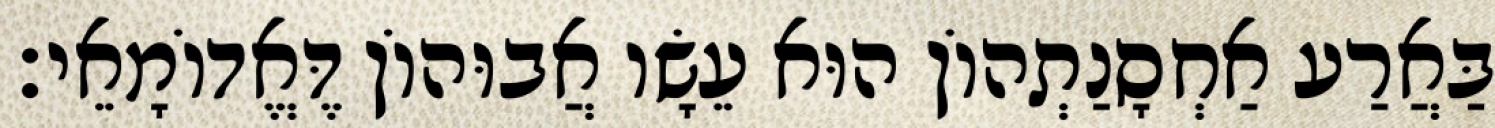
בַּאֲרַע אַחְסָנַתְהוֹן הוּא עֵשָׂו אֲבוּהוֹן דֶּאֱדוֹמָאֵי׃